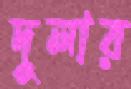
দুলার